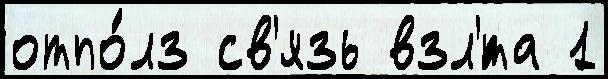
отпо́лз св'язь взл'́та 1